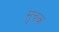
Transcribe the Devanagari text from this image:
सुचक